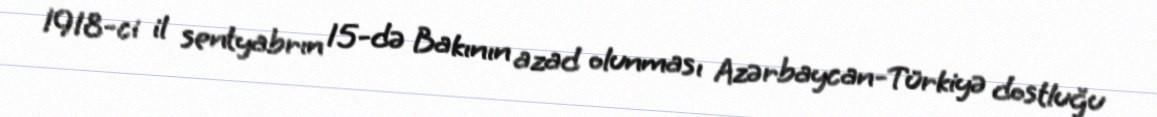
1918-ci il sentyabrın 15-də Bakının azad olunması Azərbaycan-Türkiyə dostluğu